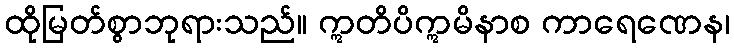
ထိုမြတ်စွာဘုရားသည်။ ဣတိပိဣမိနာစ ကာရေဏေန၊